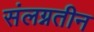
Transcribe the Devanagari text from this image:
संलग्नतीन